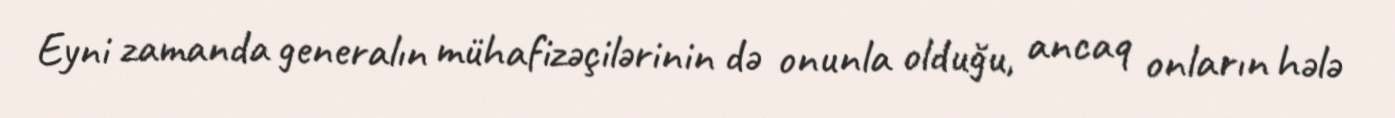
Eyni zamanda generalın mühafizəçilərinin də onunla olduğu, ancaq onların hələ